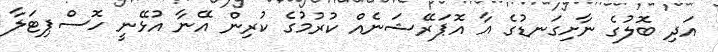
އަދި ބޮލުގެ ނާށިގަނޑުގެ އާ އޮޕަރޭޝަނެއް ކުރުމުގެ ކުރިން އޭނާ އުޅޭނީ ހޮސްޕިޓަލާ